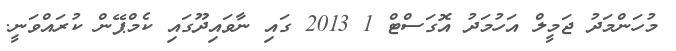
މުހަންމަދު ޖަމީލް އަހުމަދު އޮގަސްޓް 1 2013 ގައި ނާވައިދޫގައި ކެމްޕޭން ކުރައްވަނީ.